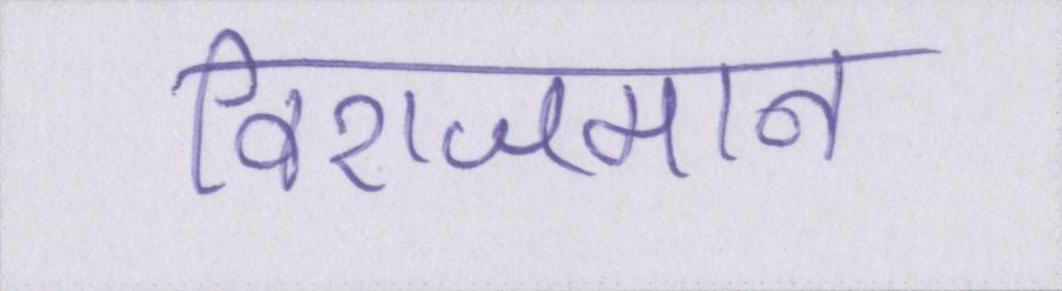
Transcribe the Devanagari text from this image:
विराजमान